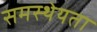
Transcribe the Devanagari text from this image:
समस्थेयता